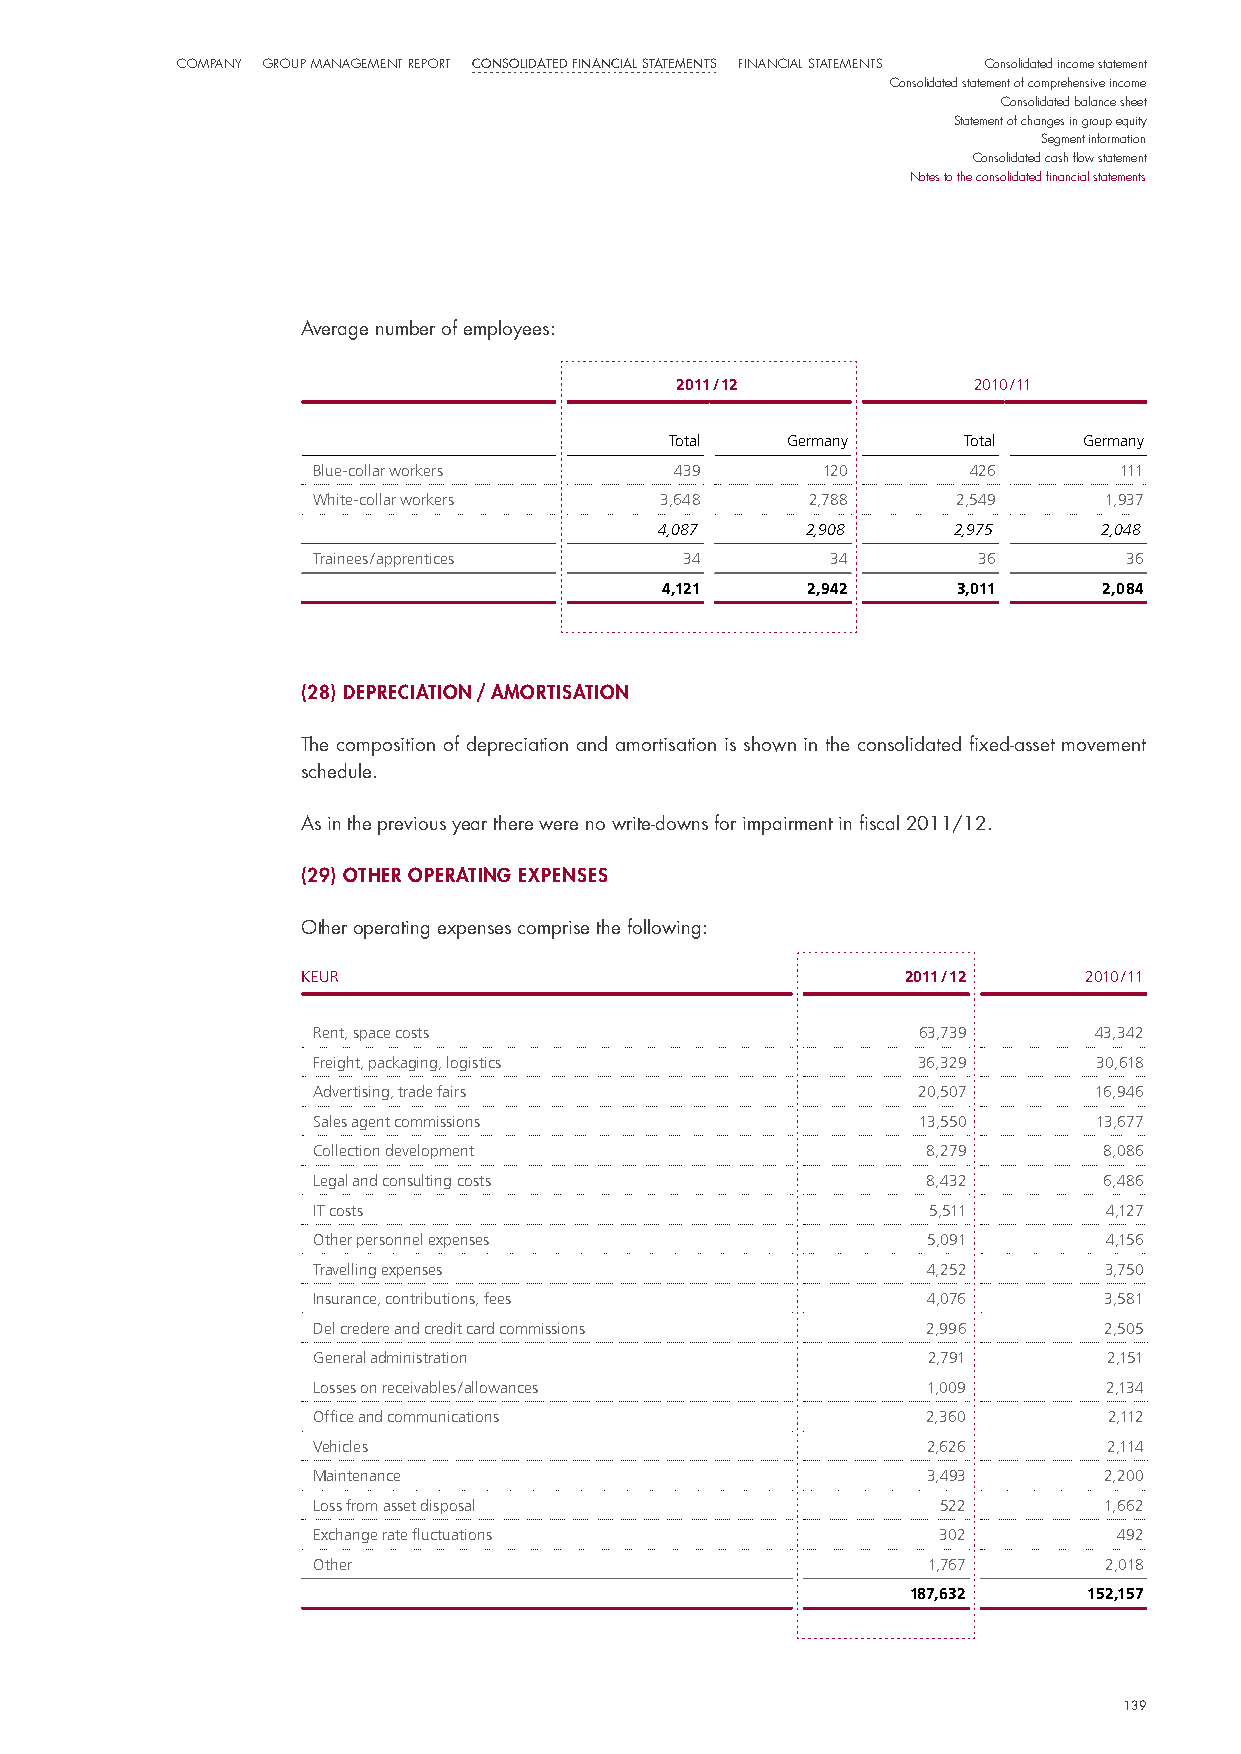
CompaNy Group maNaGemeNt report Consolidated finanCial statements FiNaNCial StatemeNtS Consolidated income statement
 Consolidated statement of comprehensive income
 Consolidated balance sheet
 Statement of changes in group equity
 Segment information
 Consolidated cash flow statement
 Notes to the consolidated financial statements
 Average number of employees:
 2011 / 12          2010 / 11
 Total   Germany     Total   Germany
 Blue-collar workers     439      120       426       111
 White-collar workers   3,648     2,788    2,549     1,937
 4,087    2,908     2,975     2,048
 Trainees / apprentices  34        34        36       36
 4,121    2,942     3,011     2,084
 (28) deprecIatIon / amortIsatIon
 The composition of depreciation and amortisation is shown in the consolidated fixed-asset movement
 schedule.
 As in the previous year there were no write-downs for impairment in fiscal 2011/12.
 (29) other operatIng expenses
 other operating expenses comprise the following:
 KEUR                                    2011 / 12   2010 / 11
 Rent, space costs                       63,739     43,342
 Freight, packaging, logistics           36,329      30,618
 Advertising, trade fairs                20,507     16,946
 Sales agent commissions                 13,550      13,677
 Collection development                  8,279       8,086
 Legal and consulting costs              8,432       6,486
 IT costs                                5,511       4,127
 Other personnel expenses                5,091       4,156
 Travelling expenses                     4,252       3,750
 Insurance, contributions, fees          4,076       3,581
 Del credere and credit card commissions 2,996       2,505
 General administration                  2,791       2,151
 Losses on receivables / allowances      1,009       2,134
 Office and communications               2,360       2,112
 vehicles                                2,626       2,114
 Maintenance                             3,493       2,200
 Loss from asset disposal                 522        1,662
 Exchange rate fluctuations               302         492
 Other                                   1,767       2,018
 187,632     152,157
 139